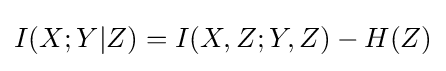
{\begin{aligned}I(X;Y|Z)=I(X,Z;Y,Z)-H(Z)\end{aligned}}